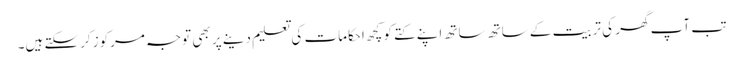
تب آپ گھر کی تربیت کے ساتھ ساتھ اپنے کتے کو کچھ احکامات کی تعلیم دینے پر بھی توجہ مرکوز کرسکتے ہیں۔